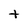
Character: t